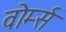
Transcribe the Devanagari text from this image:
वोर्म्स